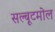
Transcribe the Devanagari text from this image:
सल्बूटमोल